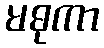
မဓုကာ